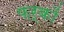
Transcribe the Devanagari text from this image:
फ़र्कों